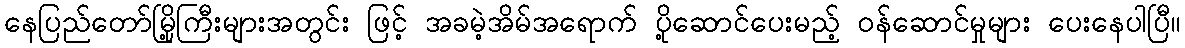
နေပြည်တော်မြို့ကြီးများအတွင်း ဖြင့် အခမဲ့အိမ်အရောက် ပို့ဆောင်ပေးမည့် ဝန်ဆောင်မှုများ ပေးနေပါပြီ။